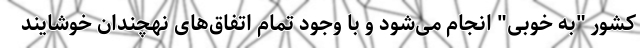
کشور "به خوبی" انجام می‌شود و با وجود تمام اتفاق‌های نهچندان خوشایند